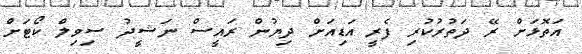
އަތޮޅަށް ރޭ ދަތުރުކުރި ފެރީ އަޑިއަށް ދިޔުން ރައީސް ނަޝީދު ސިވިލް ކޯޓަށް